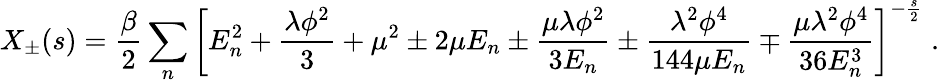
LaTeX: X_{\pm}(s)=\frac{\beta}{2}\sum_{n}\left[E_{n}^{2}+\frac{\lambda\phi^{2}}{3}+\mu^{2}\pm 2\mu E_{n}\pm\frac{\mu\lambda\phi^{2}}{3E_{n}}\pm\frac{\lambda^{2}\phi^{4}}{144\mu E_{n}}\mp\frac{\mu\lambda^{2}\phi^{4}}{36E_{n}^{3}}\right]^{-\frac{s}{2}}\; .